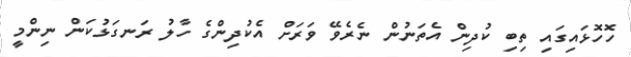
ހޮހޮޅައިގައި ތިބި ކުދިން އެތަނުން ނެރެވޭ ވަރަށް އެކުދިންގެ ހާލު ރަނގަޅުކަން ނިންމީ